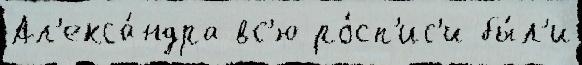
Ал'екса́ндра вс'ю ро́сп'ис'и бы́л'и